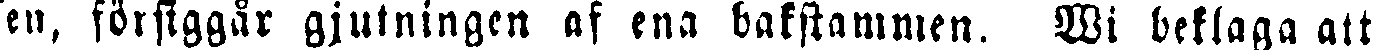
en, försiggår gjutningen af ena bakstammen. Wi beklaga att